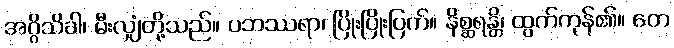
အဂ္ဂိသိခါ၊ မီးလျှံတို့သည်။ ပဘဿရာ၊ ပြိုးပြိုးပြက်။ နိစ္ဆရန္တိ၊ ထွက်ကုန်၏။ တေ